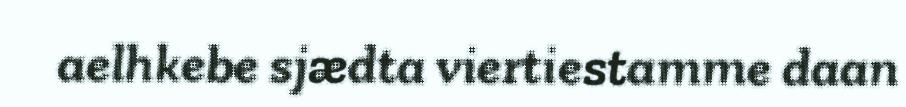
aelhkebe sjædta viertiestamme daan